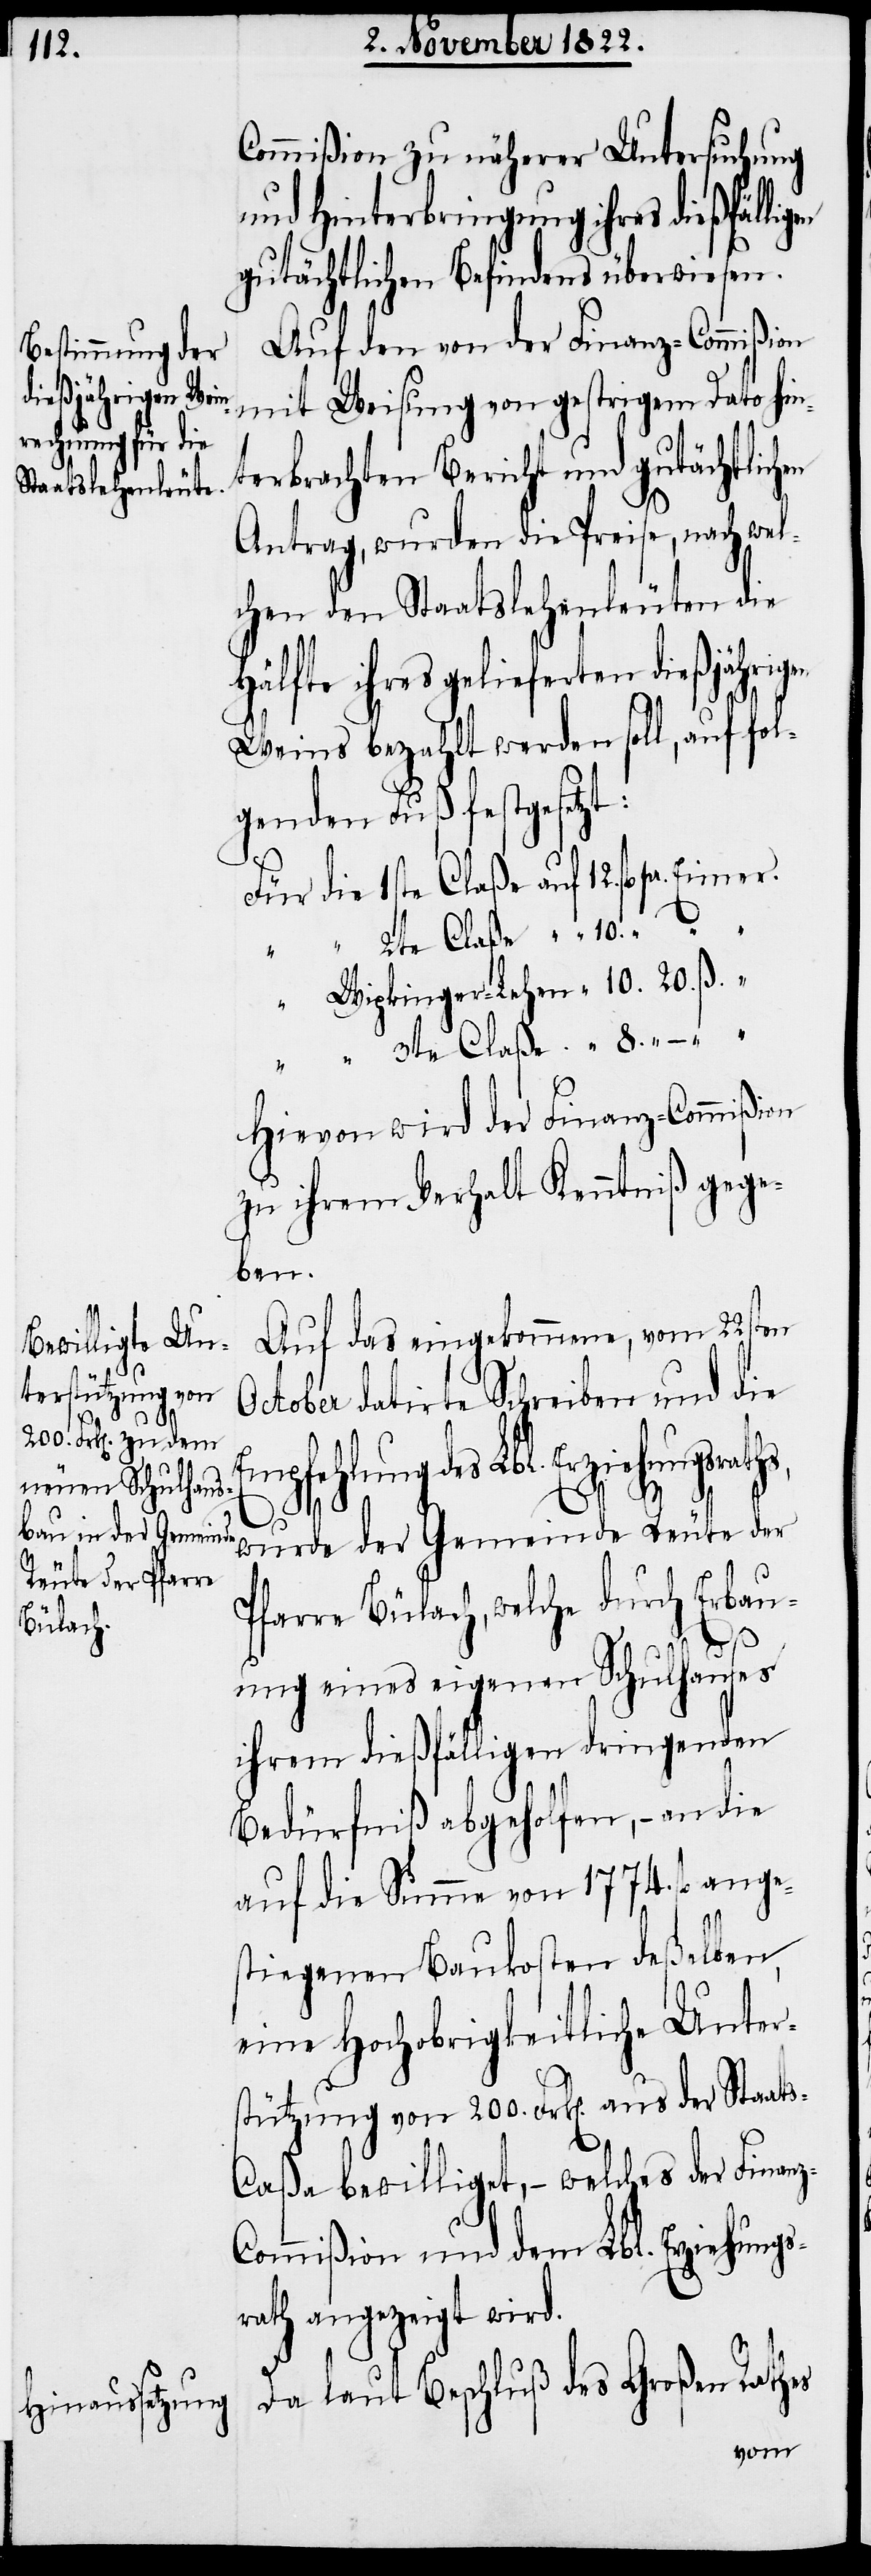
12.
dießjährigen
bewilliget, –
terstützung von
200. Frk[en]. aus der

Commißion zu näherer Untersuchung
und Hinterbringung ihres dießfälli¬
gutächtlichen Befindens überwiesen.
Auf den von der Finanz-Commißion
mit Weisung von gestrigem Dato hin¬
terbrachten Bericht und gutächtlich¬
Antrag, wurden die Preise, nach wel¬
chen den Staatslehenleuten die
welches der Finanz-C¬
Weins bezahlt werden soll, auf fol¬
genden Fuß festgesetzt:
die 1ste Claße auf
Hievon wird der Finanz-Commißion
zu ihrem Verhalt Kenntniß gege¬
ben.
Auf das eingekommene, vom 22sten
ctober datirte Schreiben und die
Empfehlung des Lbl. Erziehungsraths,
8.
O¬
3te
wurde der Gemeinde Reute der
Pfarre Bülach, welche durch Erbau¬
ung eines eigenen Schulhauses
ihrem dießfälligen dringenden
Bedürfniß abgeholfen, – an die
auf die Summe von 1774. fl. ange¬
stiegenen Baukosten deßelben,
eine Hochobrigkeitliche Un¬
ommißion und dem Lbl. Erziehungs¬
rath angezeigt wird.
Da laut Beschluß des Großen Rathes